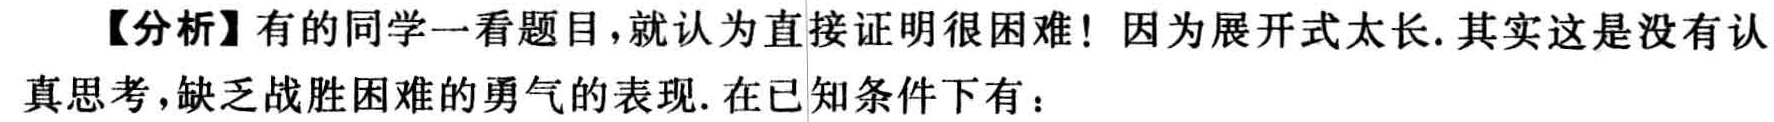
【分析】有的同学一看题目，就认为直接证明很困难！因为展开式太长. 其实这是没有认真思考，缺乏战胜困难的勇气的表现. 在已知条件下有：